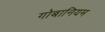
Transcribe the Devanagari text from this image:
गोबानियम